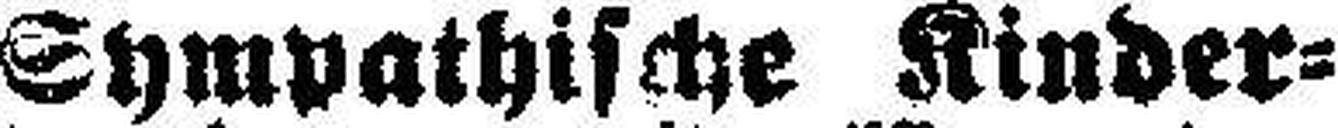
Sympathische Kinder¬